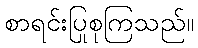
စာရင်းပြုစုကြသည်။